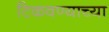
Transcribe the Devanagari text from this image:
टिकवण्याच्या